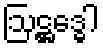
ဩဋ္ဌဒ္ဓေါ